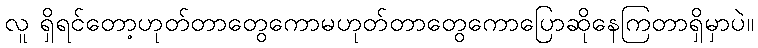
လူ ရှိရင်တော့ဟုတ်တာတွေကောမဟုတ်တာတွေကောပြောဆိုနေကြတာရှိမှာပဲ။